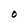
Character: 0